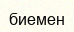
биемен